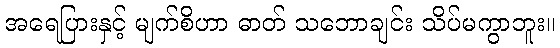
အရေပြားနှင့် မျက်စိဟာ ဓာတ် သဘောချင်း သိပ်မကွာဘူး။